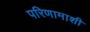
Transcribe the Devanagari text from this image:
परिणामाशी